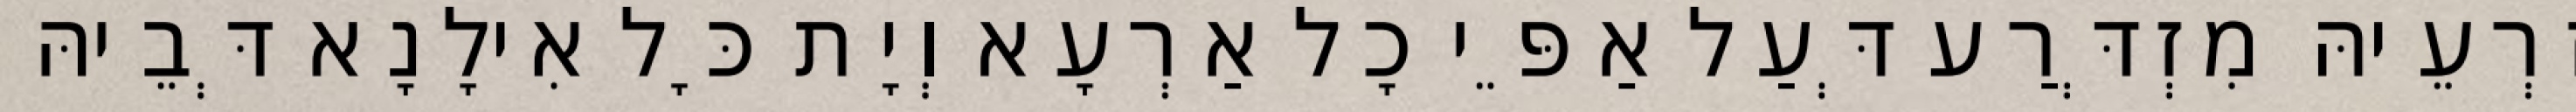
זַרְעֵיהּ מִזְדְּרַע דְּעַל אַפֵּי כָל אַרְעָא וְיָת כָּל אִילָנָא דְּבֵיהּ